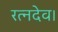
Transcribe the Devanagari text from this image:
रत्नदेव।